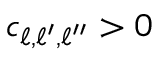
c _ { \ell , \ell ^ { \prime } , \ell ^ { \prime \prime } } > 0